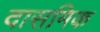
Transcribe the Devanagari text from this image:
दासमिक